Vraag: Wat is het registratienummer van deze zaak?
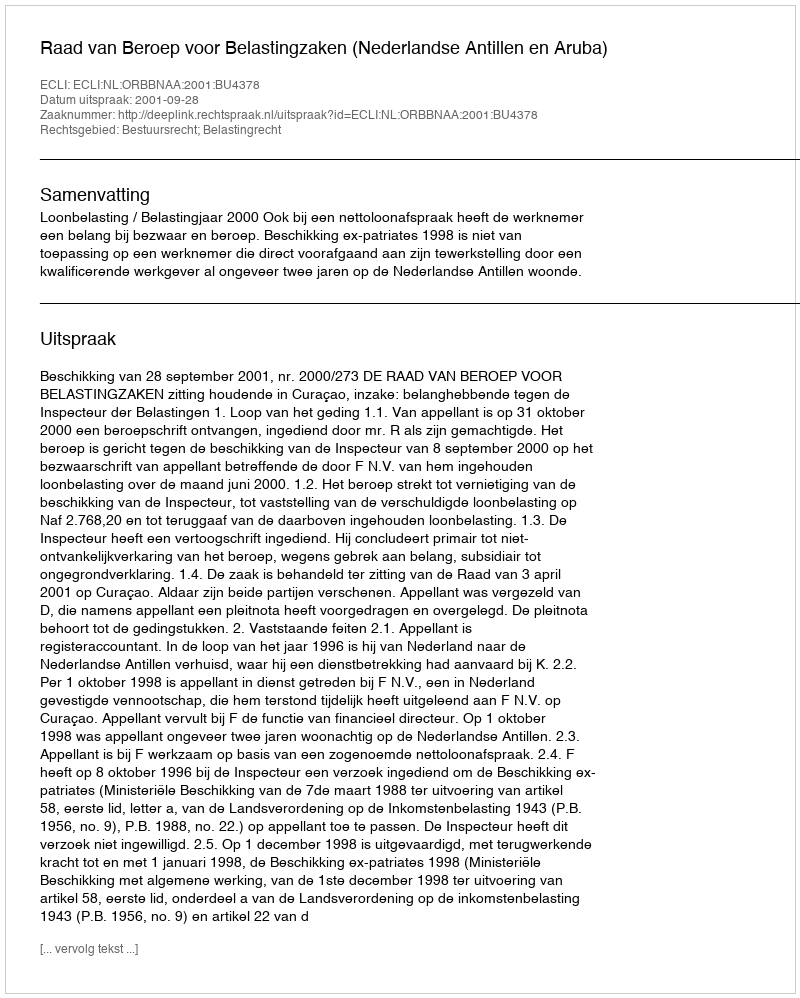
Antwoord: http://deeplink.rechtspraak.nl/uitspraak?id=ECLI:NL:ORBBNAA:2001:BU4378